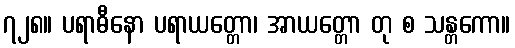
၇၂၈။ ပရာဓီနော ပရာယတ္တော၊ အာယတ္တော တု စ သန္တကော။